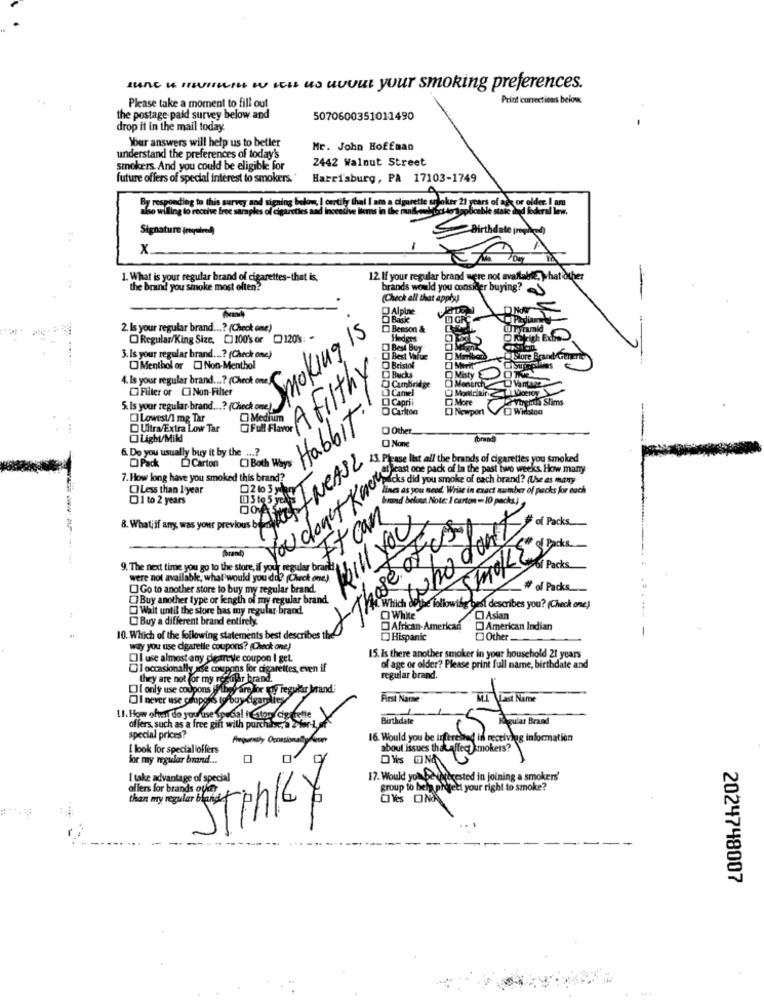
June u mvier w His us uvvut your smoking preferences.
Print corrections beion.
. Please take a moment to fill out
the postage paid survey below and
5070600351011490
drop it in the mail today
Your answers will help us to betler
Mr. John Hoffman
understand the preferences of today's
2442 Walnut Street
smokers, And you could be eligible for
future offers of special interest to smokers."
Harrisburg, PA 17103-1749
also willing to receive free samples of
By responding to this survey and signing below, I certify that I am a cigarette soloker 21 years of the or older I am
Signature (required)
Birthdate (nyhed)
X.
1. What is your regular brand of cigarettes-that is,
12. If your regular brand were not available, What other
the brand you smoke most often?
brands would you consider buying?
(Check all that apply)
2. Is your regular brand ...? (Check one)
Besson &
Regular/King Size. [1100's or 120': "
Smoking IS
Heders
3. Is your regular brand ...? (Check one)
Bristol
Store Brand tenente
O Menthol or O Non-Menthol
4. Is your regular brand ...? (Check one)
A Filthy
Cambridge
BAKcks
Vantage
Filter or Non-Filter
[ Camel
Monarch
LI Caprii
More
Vuelta Shims
5. Is your regular brand ...? (Check ome)
Carlton
00
Newport
Lowest/1 mg Tar
O Medium
Ultra/Extra Low Tar
1) Both Ways Habbit.
Other
O None
Toran!
6. Do you usually buy it by the ...?
Pack
Carton
13. Please list all the brands of cigarettes you smoked
least one pack of In the past two weeks. How many.
7. How long have you smoked this brand?
Icks did you smoke of each brand? (Use es many
Whatif any, was your previous b fr INEASZ
Less than 1'year
lines as you need. Write in exact number of packs for each
1 to 2 years
brund bóluna Note: I carton = 10 packa)
Atcn
Kill Your
of Packs
Those of
Smol State
-------
of Packs
9. The next time you go to the store, if your reguler brant!
were not available, what would you do? (Check one)
OGo to another store to buy my regular brand.
# of Packs
Buy another type or length of my regular brand.
Wait until the store has iny regular brand.
Sthe following best describes you? (Check one)
Buy a different brand entirely.
OAsian
African-American
American Indian
10. Which of the following statements best describes the
Hispanic
Other
way you use digarelle coupons? (Check one)
Oll use almost any ciareve coupon I get.
15. Is there another smoker in your household 21 years
DI occasionally use coupons for cigarettes, even if
of age or older? Please print full name, birthdate and
they are not for my regular brand
regular brand.
DI only use coupons
Harry regular brand;
I never use campois ty buy digapolies
First Name
Vast Name
1.1. How often do youfuse Special i Catons cigarette
Birthdate
offers, such as a free gift with purchase, a 2-for-L, of"
special prices?
Frequently Conssionally Kiem
16. Would you be inferen
I look for special offers
for my regular brand ...
o
I take advantage of special
17. Would you Say
keted in joining a smokers'
offers for brands oven
group to help protect your right to smoke?
STINKY
Oves OM
2024748007